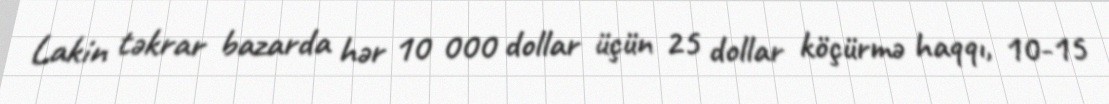
Lakin təkrar bazarda hər 10 000 dollar üçün 25 dollar köçürmə haqqı, 10-15